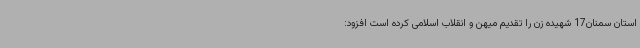
استان سمنان17 شهیده زن را تقدیم میهن و انقلاب اسلامی کرده است افزود: